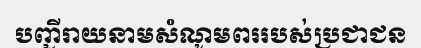
បញ្ជីរាយនាមសំណូមពររបស់ប្រជាជន